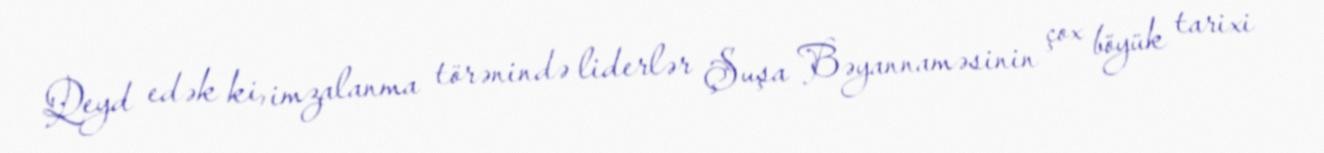
Qeyd edək ki, imzalanma törənində liderlər Şuşa Bəyannaməsinin çox böyük tarixi